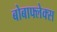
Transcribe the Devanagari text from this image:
बोबाफ्लेक्स